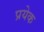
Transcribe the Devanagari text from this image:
प्रयेक